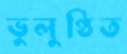
ভুলুণ্ঠিত